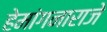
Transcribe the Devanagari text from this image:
हेमांगनाराजे